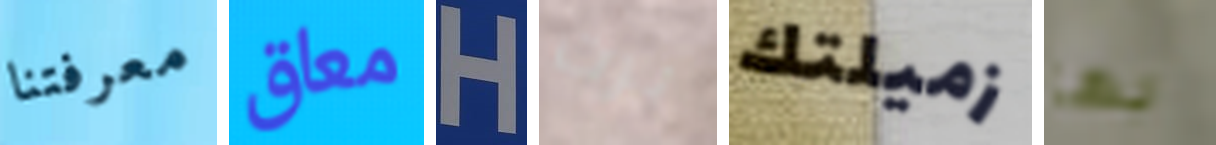
معرفتنا معاق H برت زميلتك بها